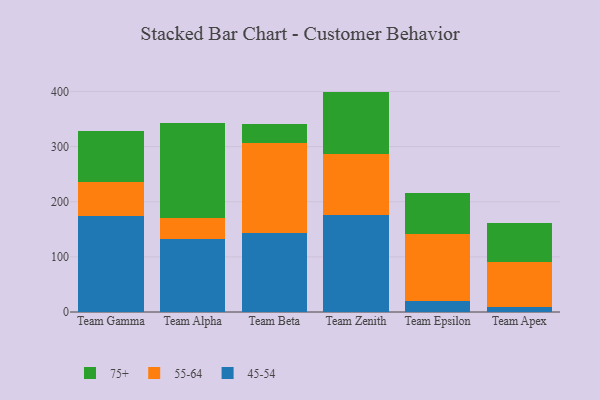
{"axis": {"x": "Team", "y": "Churn Rate (%)"}, "legend": ["45-54", "55-64", "75+"], "data": [{"x": "Team Gamma", "y": 173.4, "type": "45-54"}, {"x": "Team Gamma", "y": 62.6, "type": "55-64"}, {"x": "Team Gamma", "y": 92.0, "type": "75+"}, {"x": "Team Alpha", "y": 133.3, "type": "45-54"}, {"x": "Team Alpha", "y": 36.4, "type": "55-64"}, {"x": "Team Alpha", "y": 172.3, "type": "75+"}, {"x": "Team Beta", "y": 144.0, "type": "45-54"}, {"x": "Team Beta", "y": 163.4, "type": "55-64"}, {"x": "Team Beta", "y": 33.8, "type": "75+"}, {"x": "Team Zenith", "y": 175.5, "type": "45-54"}, {"x": "Team Zenith", "y": 111.3, "type": "55-64"}, {"x": "Team Zenith", "y": 113.0, "type": "75+"}, {"x": "Team Epsilon", "y": 19.8, "type": "45-54"}, {"x": "Team Epsilon", "y": 121.8, "type": "55-64"}, {"x": "Team Epsilon", "y": 74.3, "type": "75+"}, {"x": "Team Apex", "y": 9.6, "type": "45-54"}, {"x": "Team Apex", "y": 80.5, "type": "55-64"}, {"x": "Team Apex", "y": 71.4, "type": "75+"}]}